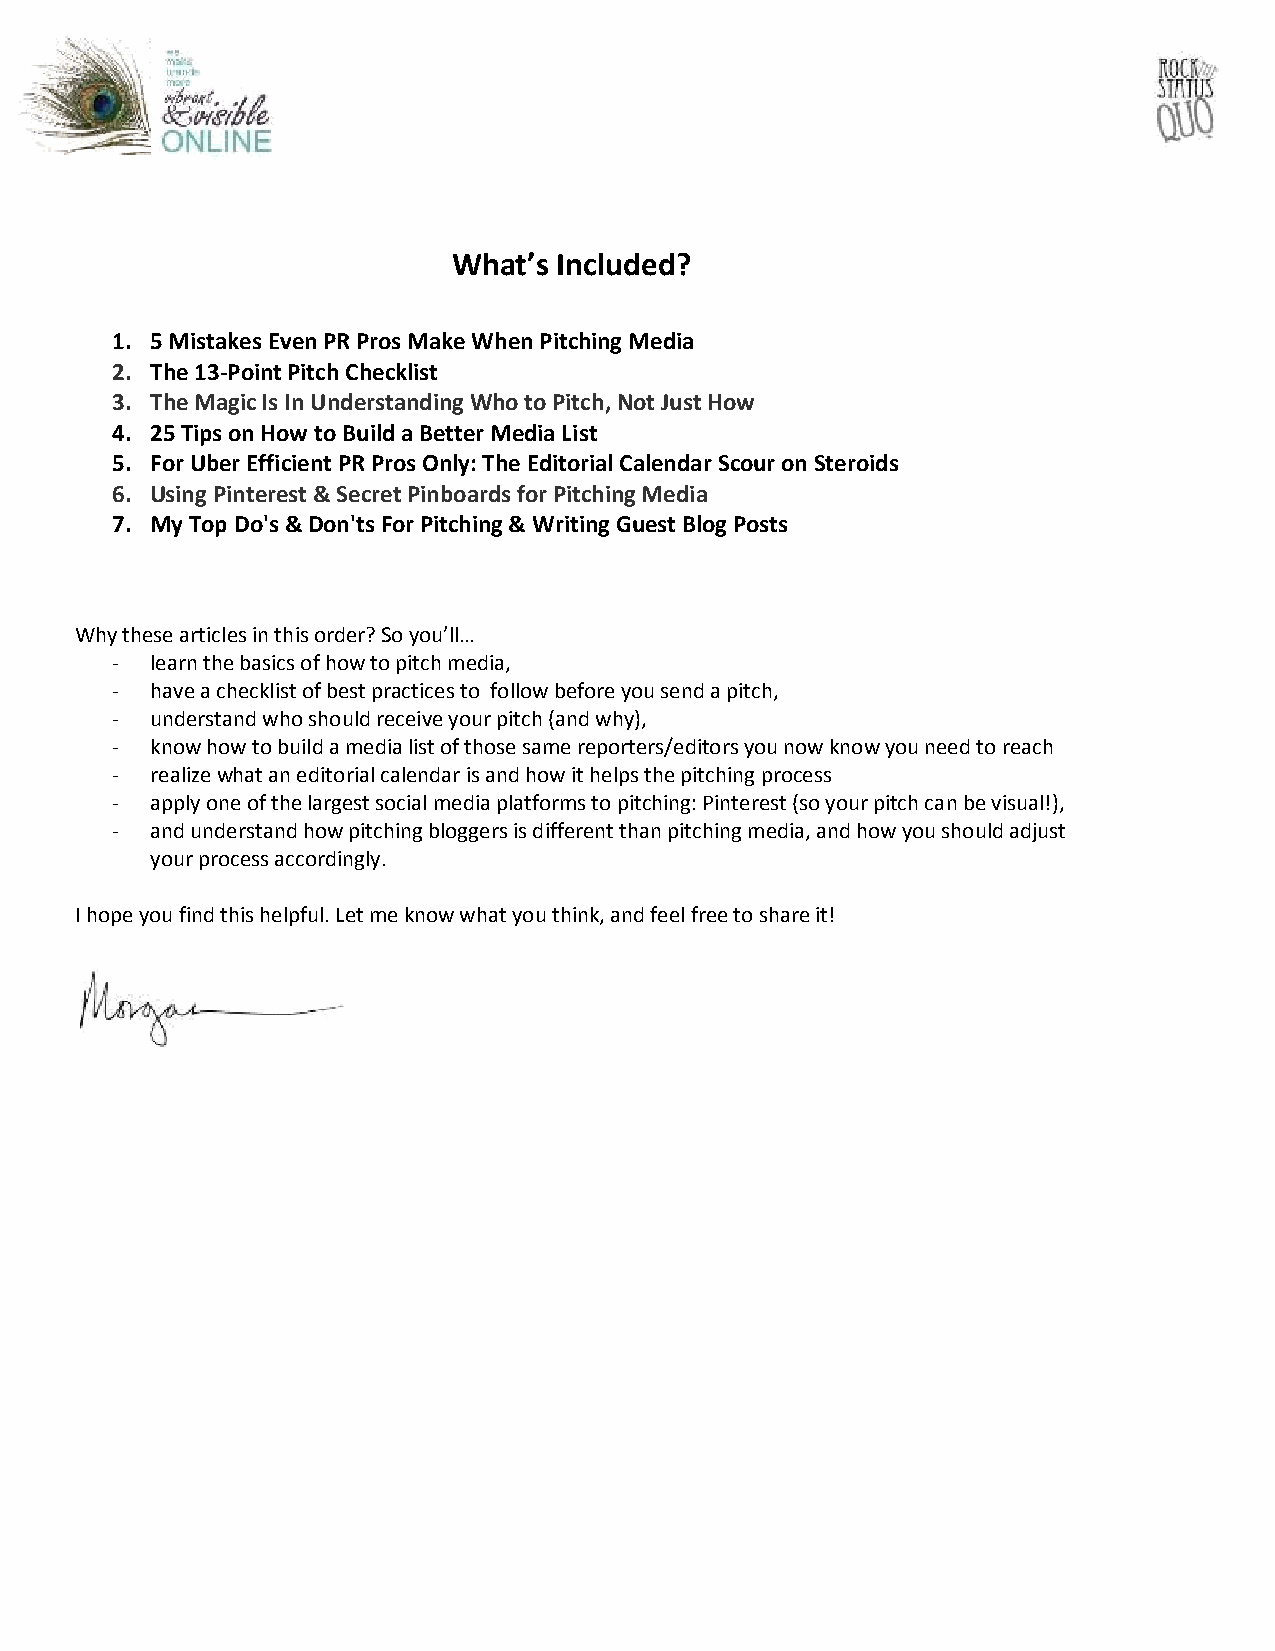
What’s Included?
 1. 5 Mistakes Even PR Pros Make When Pitching Media
 2. The 13-Point Pitch Checklist
 3. The Magic Is In Understanding Who to Pitch, Not Just How
 4. 25 Tips on How to Build a Better Media List
 5. For Uber Efficient PR Pros Only: The Editorial Calendar Scour on Steroids
 6. Using Pinterest & Secret Pinboards for Pitching Media
 7. My Top Do's & Don'ts For Pitching & Writing Guest Blog Posts
 Why these articles in this order? So you’ll…
 -  learn the basics of how to pitch media,
 -  have a checklist of best practices to follow before you send a pitch,
 -  understand who should receive your pitch (and why),
 -  know how to build a media list of those same reporters/editors you now know you need to reach
 -  realize what an editorial calendar is and how it helps the pitching process
 -  apply one of the largest social media platforms to pitching: Pinterest (so your pitch can be visual!),
 -  and understand how pitching bloggers is different than pitching media, and how you should adjust
 your process accordingly.
 I hope you find this helpful. Let me know what you think, and feel free to share it!